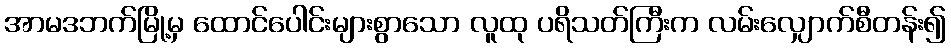
အာမဒဘက်မြို့မှ ထောင်ပေါင်းများစွာသော လူထု ပရိသတ်ကြီးက လမ်းလျှောက်စီတန်း၍